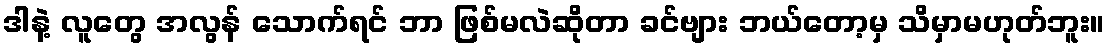
ဒါနဲ့ လူတွေ အလွန် သောက်ရင် ဘာ ဖြစ်မလဲဆိုတာ ခင်ဗျား ဘယ်တော့မှ သိမှာမဟုတ်ဘူး။